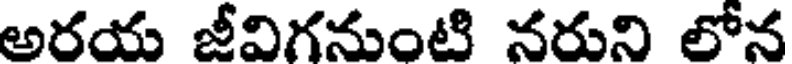
అరయ జీవిగనుంటి నరుని లోన